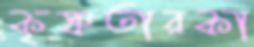
কৃষ্ণতারকা